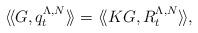
LaTeX: \begin{align*}\langle \! \langle G, q^{\Lambda,N}_t \rangle \! \rangle = \langle\! \langle K G, R^{\Lambda,N}_t \rangle \! \rangle,\end{align*}